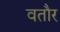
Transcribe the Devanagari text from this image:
वतौर